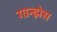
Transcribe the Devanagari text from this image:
गान्झेस